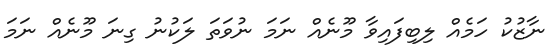
ނާޒުކު ހަމެއް ލިބިފައިވާ މޫނެއް ނަމަ ނުވަތަ ލަކުނު ގިނަ މޫނެއް ނަމަ